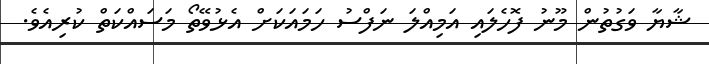
ޝާޔާ ވަގުތުން މޫނު ފޮހެލައި އަމިއްލަ ނަފްސު ހަމައަކަށް އެޅުވޭތޯ މަސައްކަތް ކުރިއެވެ.